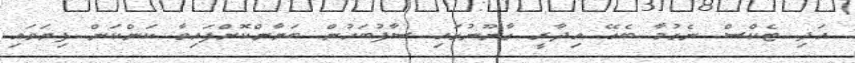
އަދި ޓެކްސް ނެގުމާ ބެހޭ އިދާރީ ގާނޫނުގައި ސާފުބަހުން ބަޔާންކޮށްފައިވާ ކަންކަން ފިޔަވައި